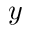
y